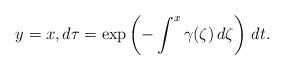
LaTeX: \begin{align*} y=x, d\tau =\exp\left(-\int^x \gamma (\zeta)\,d\zeta\right)\,dt.\end{align*}